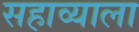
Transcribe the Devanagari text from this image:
सहाव्याला